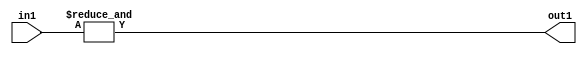
`timescale 1ps / 1ps
/*****************************************************************************
    Verilog RTL Description
    
    
    Created by: Stratus DpOpt 2019.1.01 
*******************************************************************************/

module st_weight_addr_gen_AndReduction_4S_1U_4_4 (
	in1,
	out1
	); /* architecture "behavioural" */ 
input [3:0] in1;
output  out1;
wire  asc001;

assign asc001 = 
	(&in1);

assign out1 = asc001;
endmodule

/* CADENCE  urfyTQ0= : u9/ySgnWtBlWxVPRXgAZ4Og= ** DO NOT EDIT THIS LINE ******/